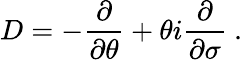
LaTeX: D=-\frac{\partial}{\partial\theta}+\theta i\frac{\partial}{\partial\sigma}~.